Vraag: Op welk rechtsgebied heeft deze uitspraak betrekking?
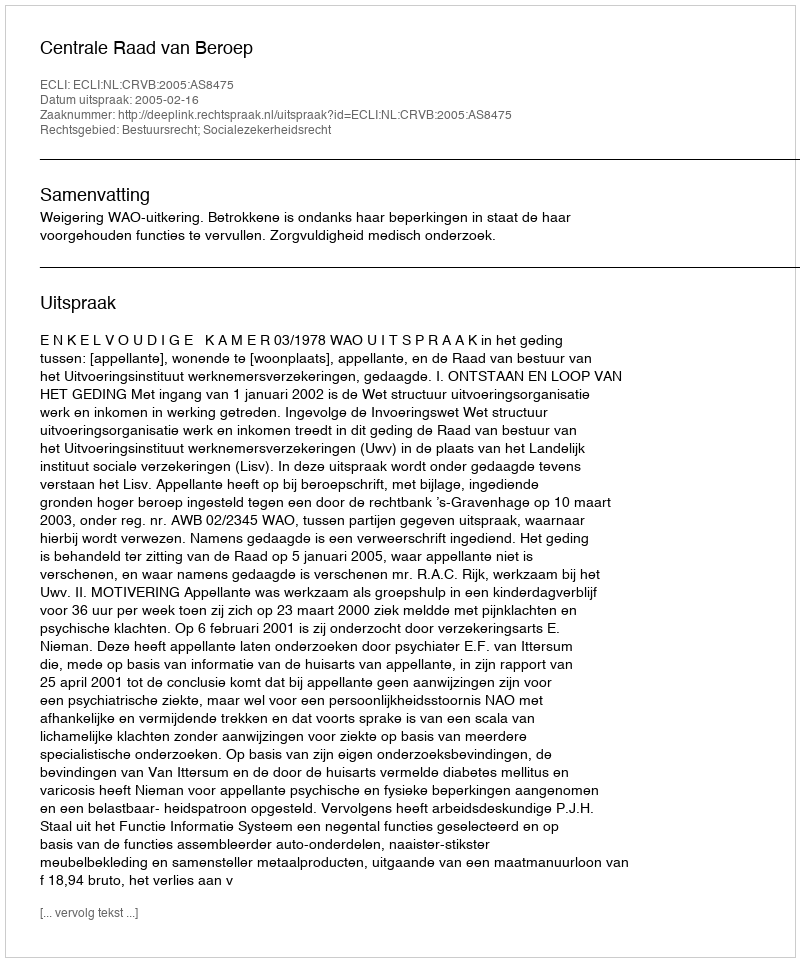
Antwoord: Bestuursrecht; Socialezekerheidsrecht